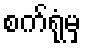
စက်ရုံမှ